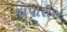
ચાપોરીસ